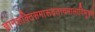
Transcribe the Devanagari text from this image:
ज्ञानशक्तिसमारूढतत्त्वमालाविभूषणे